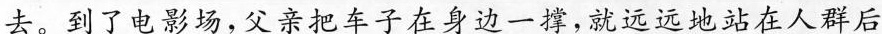
去。到了电影场，父亲把车子在身边一撑，就远远地站在人群后